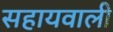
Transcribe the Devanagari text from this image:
सहायवाली